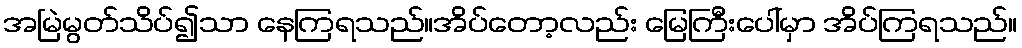
အမြဲမွတ်သိပ်၍သာ နေကြရသည်။အိပ်တော့လည်း မြေကြီးပေါ်မှာ အိပ်ကြရသည်။